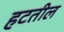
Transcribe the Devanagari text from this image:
हटतील